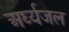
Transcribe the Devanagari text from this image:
अर्घ्यजल